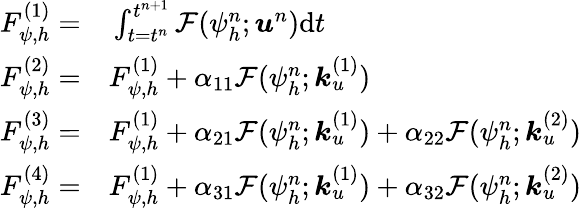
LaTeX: \begin{array}{rl}{F_{\psi,h}^{(1)}=}&{{}\int_{t=t^{n}}^{t^{n+1}}\mathcal{F}({\psi}_{h}^{n};\boldsymbol{u}^{n})\mathrm{d}t}\\ {F_{\psi,h}^{(2)}=}&{{}F_{\psi,h}^{(1)}+\alpha_{11}\mathcal{F}({\psi}_{h}^{n};\boldsymbol{k}_{u}^{(1)})}\\ {F_{\psi,h}^{(3)}=}&{{}F_{\psi,h}^{(1)}+\alpha_{21}\mathcal{F}({\psi}_{h}^{n};\boldsymbol{k}_{u}^{(1)})+\alpha_{22}\mathcal{F}({\psi}_{h}^{n};\boldsymbol{k}_{u}^{(2)})}\\ {F_{\psi,h}^{(4)}=}&{{}F_{\psi,h}^{(1)}+\alpha_{31}\mathcal{F}({\psi}_{h}^{n};\boldsymbol{k}_{u}^{(1)})+\alpha_{32}\mathcal{F}({\psi}_{h}^{n};\boldsymbol{k}_{u}^{(2)})}\end{array}